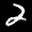
Label: 2